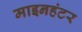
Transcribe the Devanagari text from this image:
माइनहंटर